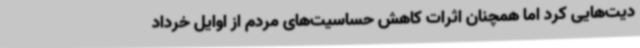
دیت‌هایی کرد اما همچنان اثرات کاهش حساسیت‌های مردم از اوایل خرداد